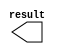
module Y2_const (
	result);

	output	[9:0]  result;

endmodule